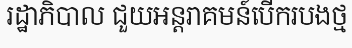
រដ្ឋាភិបាល ជួយអន្តរាគមន៍បើករបងថ្ម